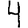
Digit: 4